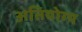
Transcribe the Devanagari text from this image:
अतियोग्य